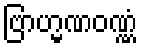
ဗြာဟ္မဏဝဏ္ဏံ